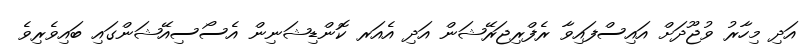
އަދި މިހާރު ވުޖޫދަށް އައިސްފައިވާ ރެފްރިޖަރޭޝަން އަދި އެއަރ ކޮންޑިޝަނިން އެސޯސިއޭޝަންގައި ބައިވެރިވެ